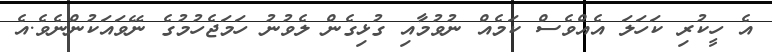
އެ ހީކުރި ކަހަލަ އެއްވެސް ކަމެއް ނުވުމާއި ގުޅިގެން ލެވުނު ހަމަޖެހުމުގެ ނޭވައަކުންނެވެ.އެ